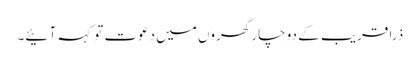
ذرا قریب کے دو چار گھروں میں دعوت تو کہہ آ ئیے۔